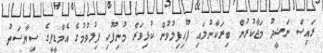
ރައިސް ނަޝީދު މަޖާކުރުން ބިރަކާނުލައި ފޫހިފިލުވުން ކުޅިވަރާ މުނިފޫހި ފިލުވުމުގެ އެމްޑީޕީގެ ސިޔާސަތު